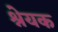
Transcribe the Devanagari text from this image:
श्नेयक